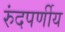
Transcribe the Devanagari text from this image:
रुंदपर्णीय